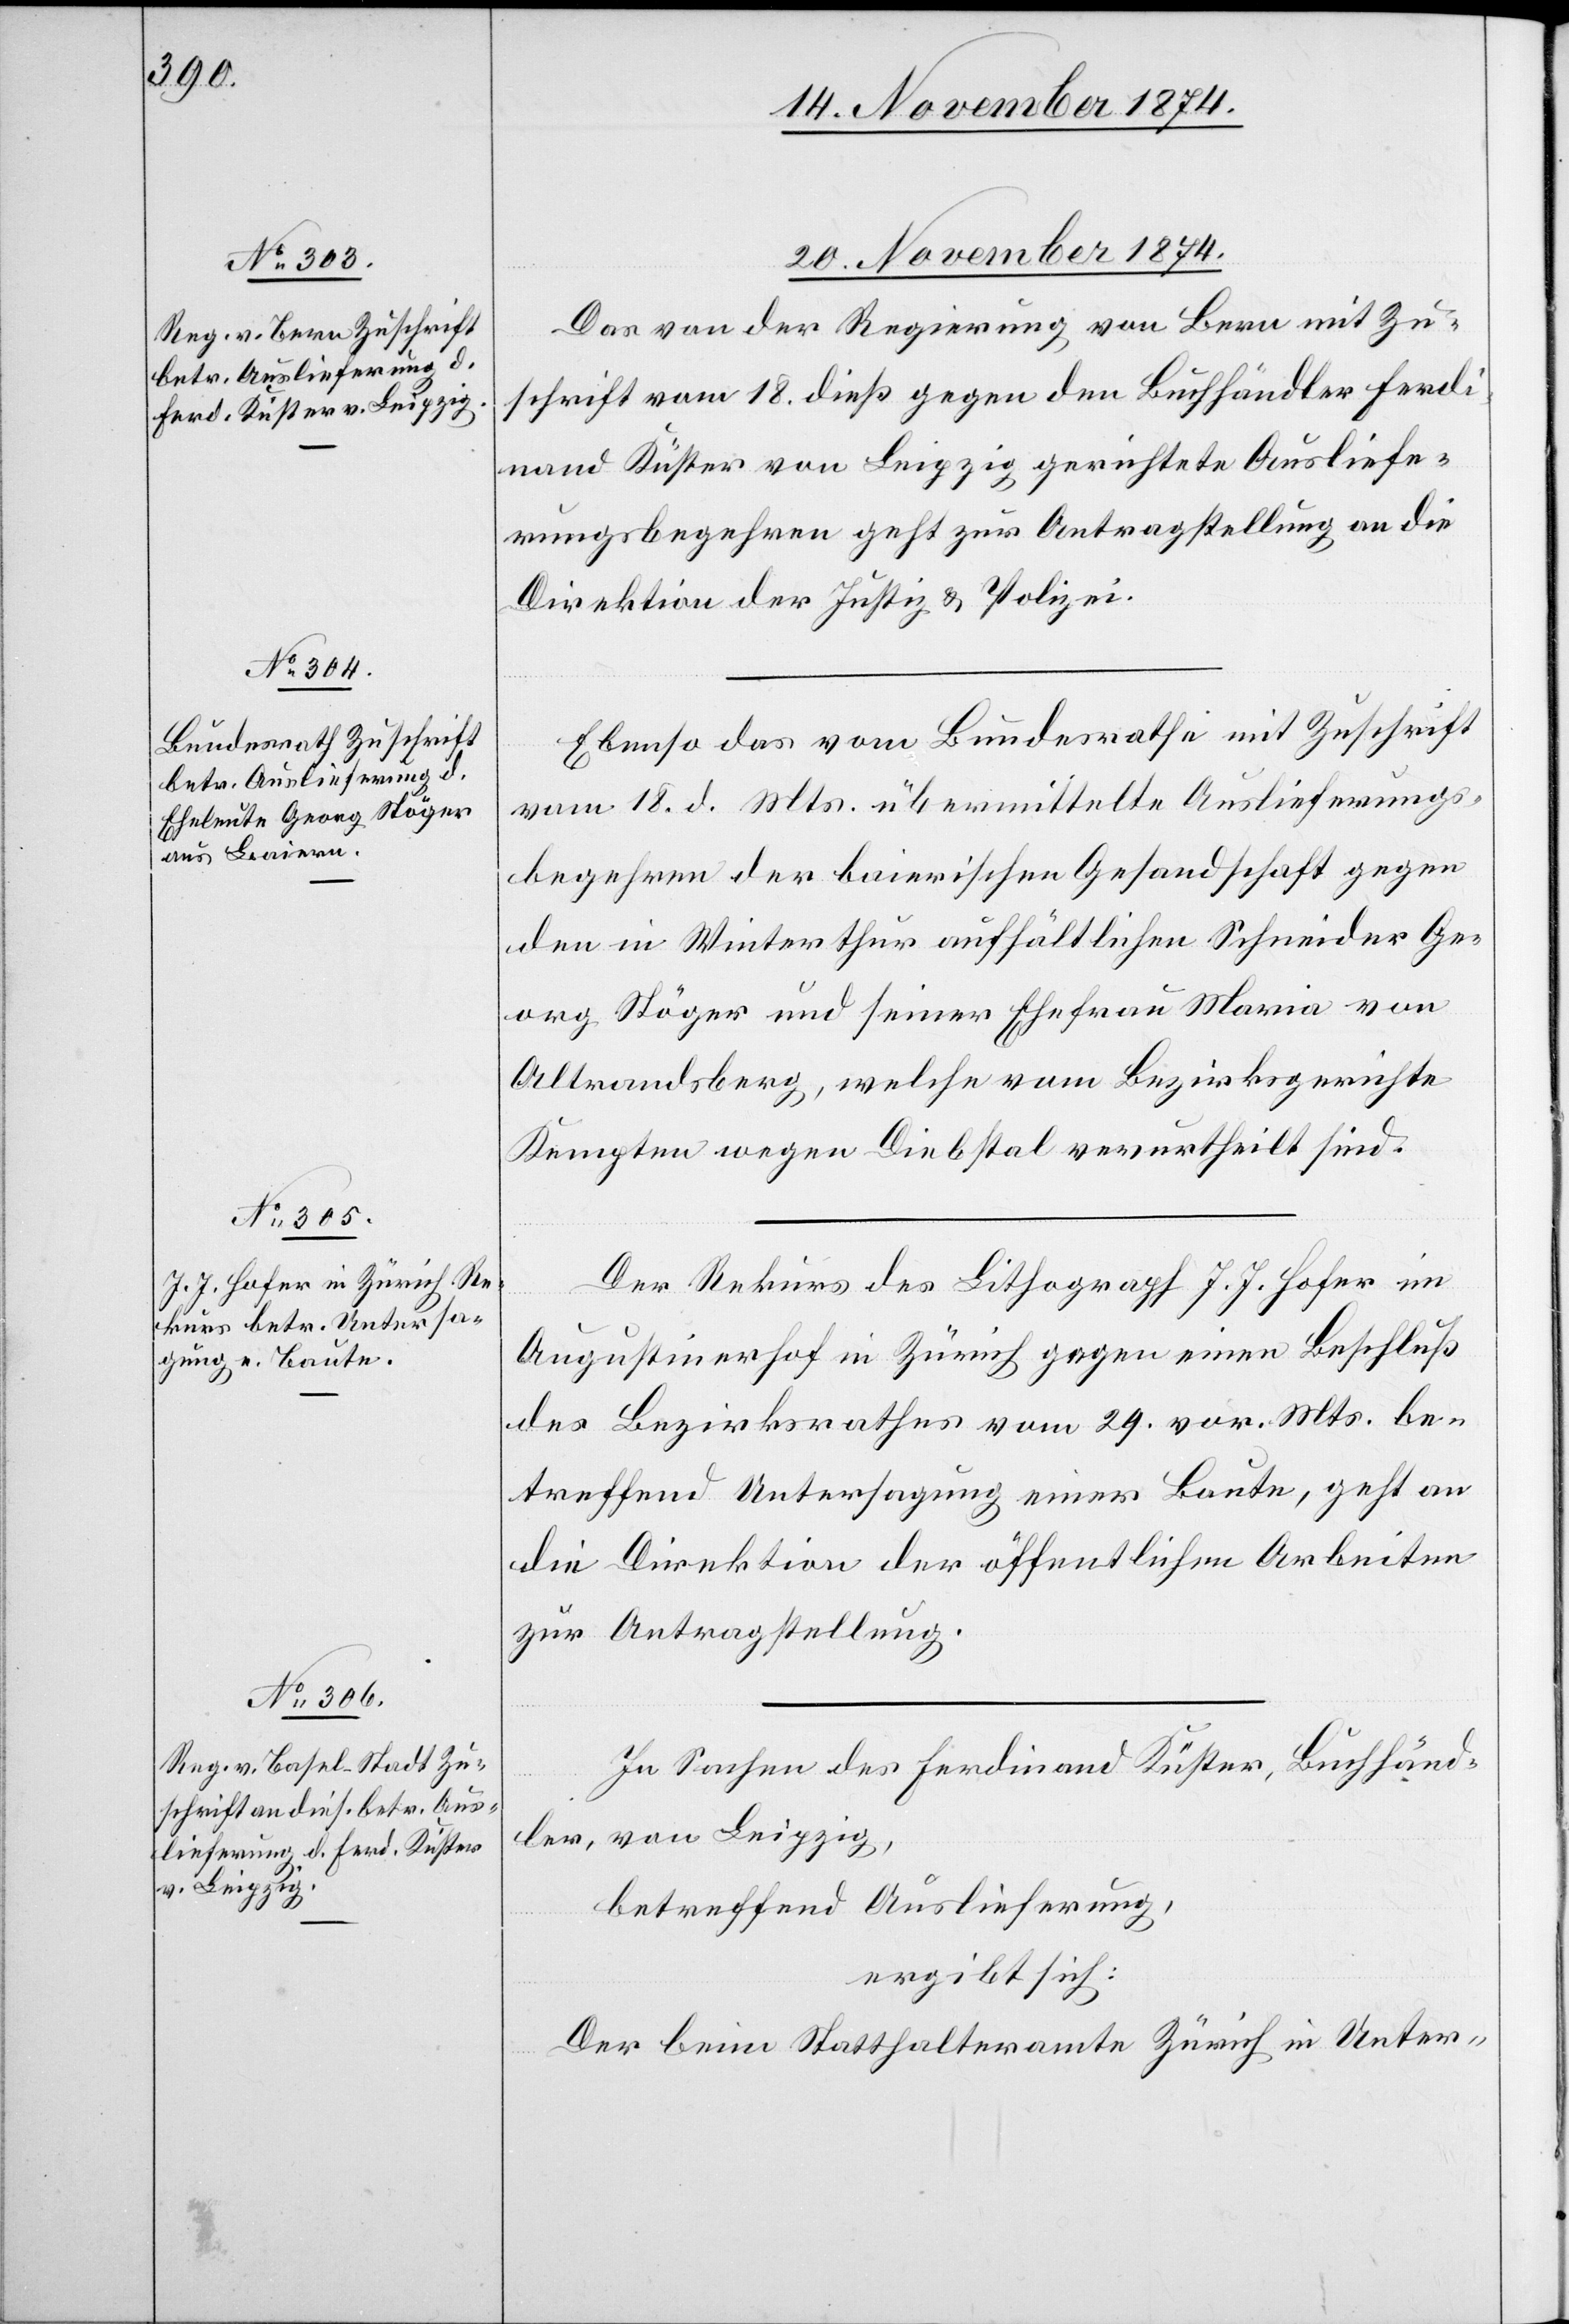
20. November 1874.]
Das von der Regierung von Bern mit Zu¬
schrift vom 18. dieß gegen den Buchhändler Ferdi¬
nand Küster von Leipzig gerichtete Ausliefe¬
rungsbegehren geht zur Antragstellung an die
Direktion der Justiz & Polizei.
Ebenso das vom Bundesrathe mit Zuschrift
vom 18. d. Mts. übermittelte Auslieferungs¬
begehren der baierischen Gesandtschaft gegen
den in Winterthur aufhältlichen Schneider Ge¬
org Stöger und seiner Ehefrau Maria von
Altrandsberg, welche vom Bezirksgerichte
Kempten wegen Diebstal verurtheilt sind.
Der Rekurs des Lithograph J. J. Hofer im
Augustinerhof in Zürich gegen einen Beschluß
des Bezirksrathes vom 29. vor. Mts. be¬
treffend Untersagung einer Baute, geht an
die Direktion der öffentlichen Arbeiten
zur Antragstellung.
In Sachen des Ferdinand Küster, Buchhänd¬
ler, von Leipzig,
betreffend Auslieferung,
ergibt sich:
Der beim Statthalteramte Zürich in Unter-